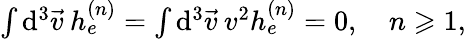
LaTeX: \begin{array}{r}{\int\mathrm{d}^{3}\vec{v}\: h_{e}^{(n)}=\int\mathrm{d}^{3}\vec{v}\: v^{2}h_{e}^{(n)}=0,\quad n\geqslant 1,}\end{array}